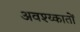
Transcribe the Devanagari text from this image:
अवश्य्कातों